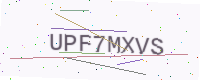
Text: UPF7MXVS